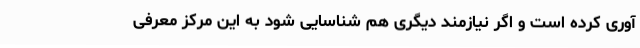
آوری کرده است و اگر نیازمند دیگری هم شناسایی شود به این مرکز معرفی